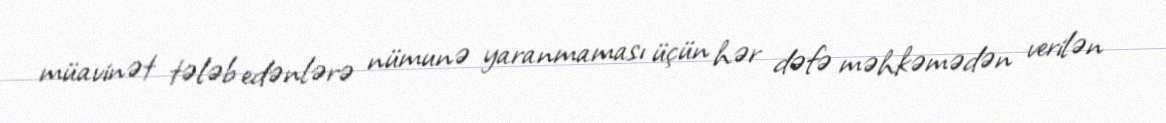
müavinət tələb edənlərə nümunə yaranmaması üçün hər dəfə məhkəmədən verilən